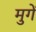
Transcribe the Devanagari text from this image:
मुगें